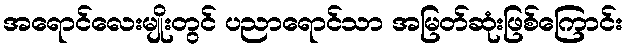
အရောင်လေးမျိုးတွင် ပညာရောင်သာ အမြတ်ဆုံးဖြစ်ကြောင်း